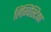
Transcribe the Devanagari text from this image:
लिग्विस्टिका